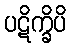
ပဋိက္ခိပိ